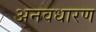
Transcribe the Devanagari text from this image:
अनवधारण